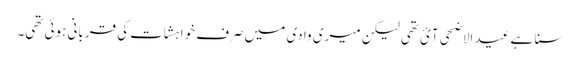
سنا ہے عید الاضحی آئ تھی لیکن میری وادی میں صرف خواہشات کی قربانی ہوئی تھی۔